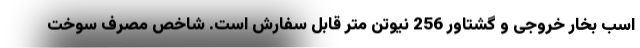
اسب بخار خروجی و گشتاور 256 نیوتن متر قابل سفارش است. شاخص مصرف سوخت